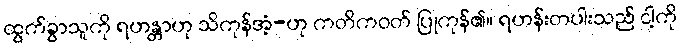
ထွက်ခွာသူကို ရဟန္တာဟု သိကုန်အံ့-ဟု ကတိကဝတ် ပြုကုန်၏။ ရဟန်းတပါးသည် ငါ့ကို